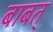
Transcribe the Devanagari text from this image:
बाबत्